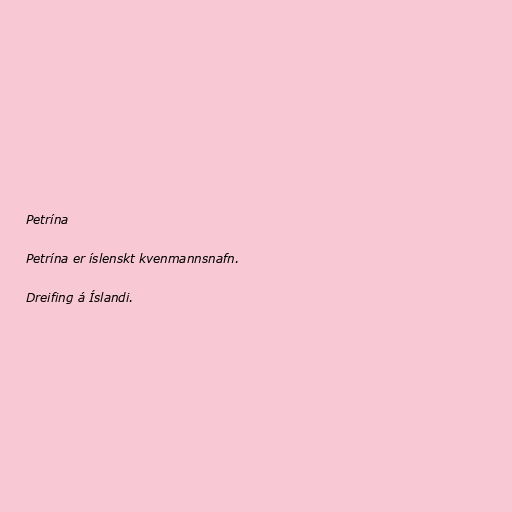
Petrína

Petrína er íslenskt kvenmannsnafn.

Dreifing á Íslandi.